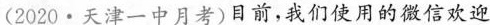
(2020·天津一中月考)目前，我们使用的微信欢迎